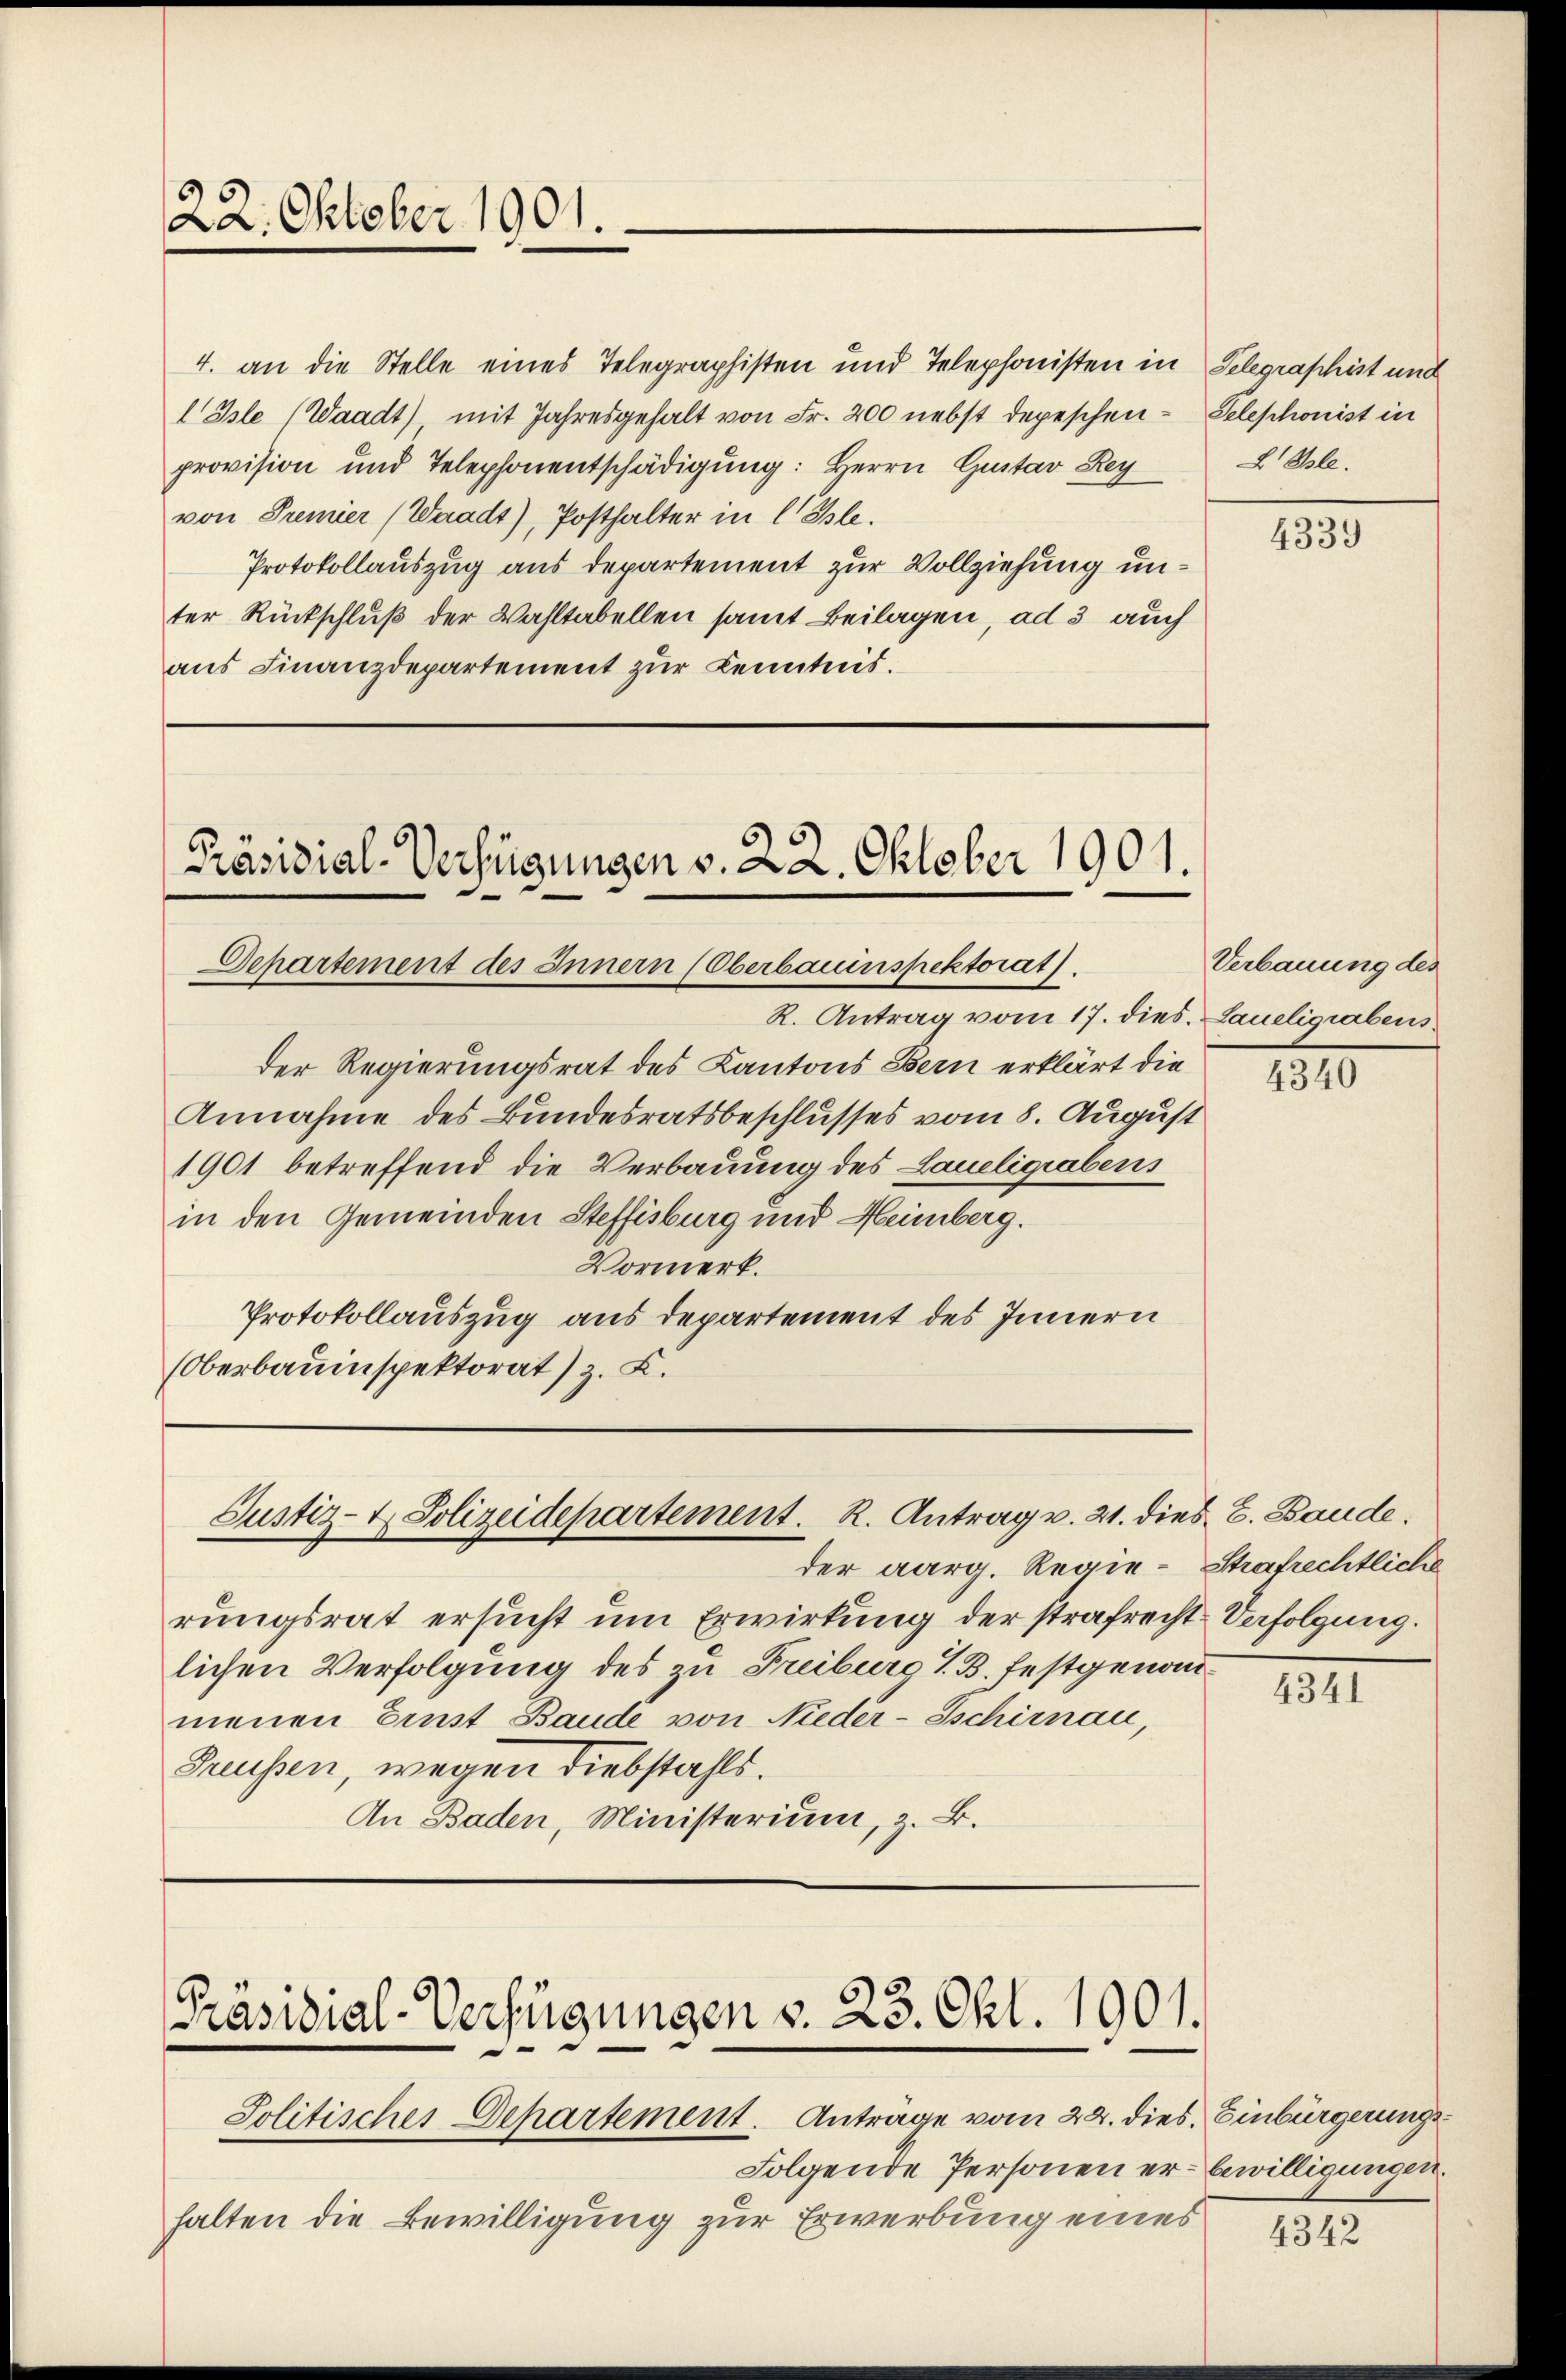
22. Oktober 1901.

4. an die Stelle eines Telegraphisten und Telephonisten in Telegraphist und
 Isle (Waadt) mit Jahresgehalt von Fr. 200 nebst depeschen Telephonist in
provision und Telephonentschädigŭng: Herrn Gustav Rey
von Premier (Waadt), Posthalter in C Isle.
Protokollauszug aus departement zur Vollziehung unter Rückschluß der Wahltabellen samt Beilagen, ad 3 auch
aus Finanzdepartement zur Kenntnis.

Präsidial-Verfügungen v. 22. Oktober 1901.
Separtement des Innern (Oberbauinspektorat.

Justiz- & Polizeidepartement. R. Antrag v. 21. dies C. Baude

R. Antrag vom 17. dies. Laueligrabens
der Regierungsrat des Kantons Bern erklärt die
Annahme des Bundesratsbeschlusses vom 8. August
1901 betreffend die Verbauung des Laueligrabens
in den Gemeinden Steffisburg und Heimberg.
Vormerk.
Protokollauszug aus departement des Innern
(Oberbauinspektorat) z. B.

der aarg. Regie-Strafrechtliche
rungsrat ersucht um Erwirkung der strafrecht Verfolgung.
lichen Verfolgung des zu Freiburg i. B. festgenaumenen Ernst Baude von Nieder-Gschirnau,
Grussen, wegen Diebstahls.
An Baden, Ministerium, z. B.

Präsidial-Verfügungen v. 23. Okt. 1901.
Politisches Departement. Antrage vom 24. dies Einbürgerungs¬

Folgende Personen er bewilligungen.
halten die Bewilligung zur Erwerbung eines

2. Be.

4339)

Verbauung des

4340

4341

4342